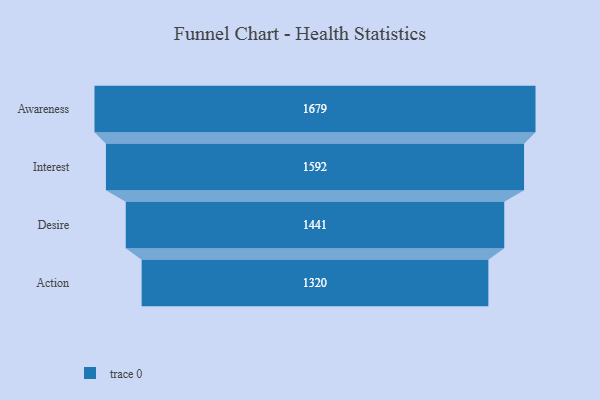
{"axis": {"x": "Stage", "y": "Value"}, "legend": [""], "data": [{"x": "Awareness", "y": 1679.0, "type": ""}, {"x": "Interest", "y": 1592.0, "type": ""}, {"x": "Desire", "y": 1441.0, "type": ""}, {"x": "Action", "y": 1320.0, "type": ""}]}